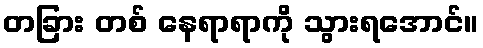
တခြား တစ် နေရာရာကို သွားရအောင်။